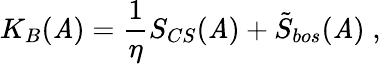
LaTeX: K_{B}(\mathit{A})=\frac{1}{\eta}S_{CS}(\mathit{A})+\tilde{{S}}_{bos}(\mathit{A})\; ,